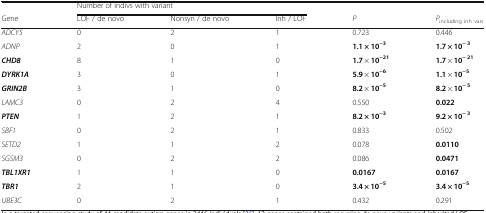
|  | <COLSPAN=3> Number of indivs with variant | <COLSPAN=2>  |
 | Gene | LOF / de novo | Nonsyn / de novo | Inh / LOF | P | Pincluding inh vars |
 | --- | --- | --- | --- | --- | --- |
 | ADCY5 | 0 | 2 | 1 | 0.723 | 0.446 |
 | ADNP | 2 | 0 | 1 | 1.1 × 10−3 | 1.7 × 10− 3 |
 | CHD8 | 8 | 1 | 0 | 1.7 × 10−21 | 1.7 × 10− 21 |
 | DYRK1A | 3 | 0 | 1 | 5.9 × 10−6 | 1.1 × 10−5 |
 | GRIN2B | 3 | 1 | 0 | 8.2 × 10−5 | 8.2 × 10− 5 |
 | LAMC3 | 0 | 2 | 4 | 0.550 | 0.022 |
 | PTEN | 1 | 2 | 1 | 8.2 × 10−3 | 9.2 × 10− 3 |
 | SBF1 | 0 | 2 | 1 | 0.833 | 0.502 |
 | SETD2 | 1 | 1 | 2 | 0.078 | 0.0110 |
 | SGSM3 | 0 | 2 | 2 | 0.086 | 0.0471 |
 | TBL1XR1 | 1 | 1 | 0 | 0.0167 | 0.0167 |
 | TBR1 | 2 | 1 | 0 | 3.4 × 10−5 | 3.4 × 10−5 |
 | UBE3C | 0 | 2 | 1 | 0.432 | 0.291 |